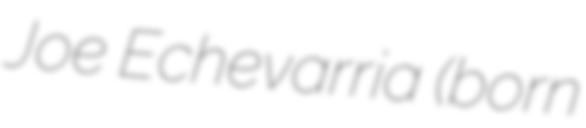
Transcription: Joe Echevarria (born